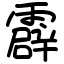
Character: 霹